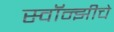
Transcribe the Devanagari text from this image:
स्वॉन्झीचे